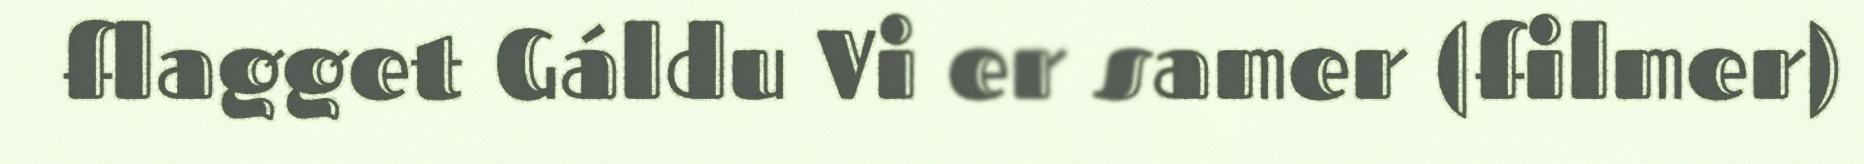
flagget Gáldu Vi er samer (filmer)